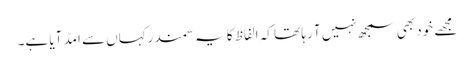
مجھے خود بھی سمجھ نہیں آ رہا تھا کہ الفاظ کا یہ سمندرکہاں سے امڈ آیا ہے۔